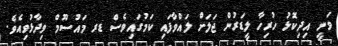
ވަނީ އިދިކޮޅު ހުރިހާ ލީޑަރުން ޖަަލަށް ލައްވާފައި ކަމުގައިވެސް ޑރ މައުސޫމް ވިދާޅުވިއެވެ.